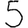
Digit: 5